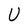
Character: U